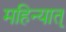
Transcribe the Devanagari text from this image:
महिन्यात्